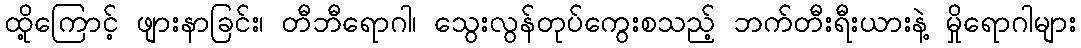
ထို့ကြောင့် ဖျားနာခြင်း၊ တီဘီရောဂါ၊ သွေးလွန်တုပ်ကွေးစသည့် ဘက်တီးရီးယားနဲ့ မှိုရောဂါများ